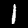
Digit: 1